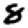
Digit: 8